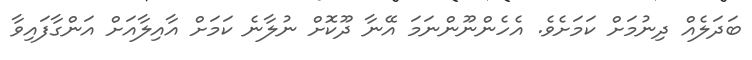
ބަދަލެއް ދިނުމަށް ކަމަށެވެ. އެހެންނޫންނަމަ އޭނާ ދޫކޮށް ނުލާނެ ކަމަށް އާއިލާއަށް އަންގާފައިވާ